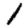
Digit: 1